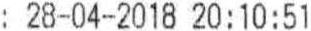
: 28-04-2018 20:10:51